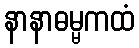
နာနာဓမ္မကထံ